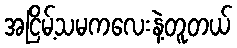
အငြိမ့်သမကလေးနဲ့တူတယ်